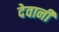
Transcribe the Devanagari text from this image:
देवानी